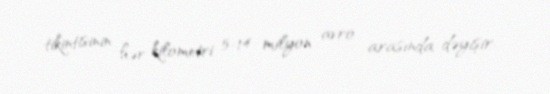
tikintisinin hər kilometri 5-14 milyon avro arasında dəyişir.